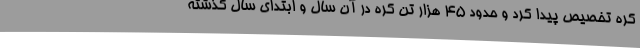
کره تخصیص پیدا کرد و حدود 45 هزار تن کره در آن سال و ابتدای سال گذشته